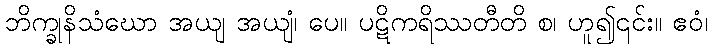
ဘိက္ခုနိသံဃော အယျ အယျံ၊ ပေ။ ပဋိကရိဿတီတိ စ၊ ဟူ၍၎င်း။ ဧဝံ၊